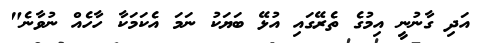
އަދި ގާނުނީ އިމުގެ ތެރޭގައި އުޅޭ ބަޔަކު ނަމަ އެކަމަކާ ހާހެއް ނުވާނެ"